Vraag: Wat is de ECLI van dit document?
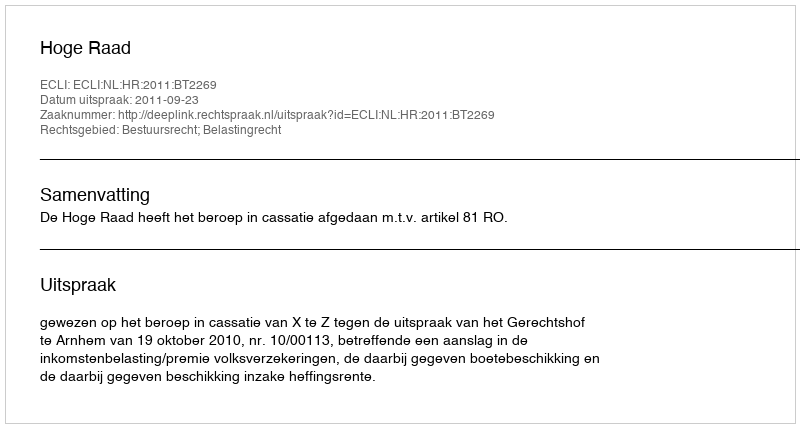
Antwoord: ECLI:NL:HR:2011:BT2269